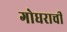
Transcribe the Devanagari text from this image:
गोधराची